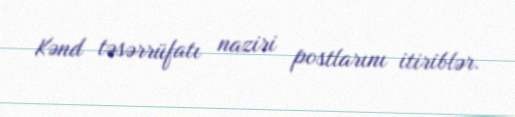
Kənd təsərrüfatı naziri postlarını itiriblər.